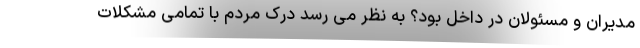
مدیران و مسئولان در داخل بود؟ به نظر می رسد درک مردم با تمامی مشکلات